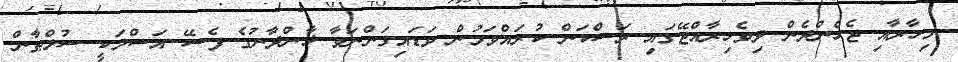
މިހާރާއި ޖެހެންދެން ދިވެހިރާއްޖޭގައި ރަސްކަން ކުރައްވަމުން ވަޑައިގަންނަވާ ޚާންދާނުގެ ފެސޭ އަސްލަކީ ސުލްޠާން